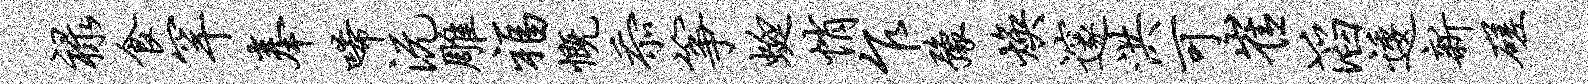
禄食罕奉唏沅雕福慨忝筝蜓悄乍豫焕邃洪可崔滔逶新磋